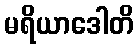
မရိယာဒေါတိ